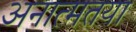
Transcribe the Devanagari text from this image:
अनात्मतया